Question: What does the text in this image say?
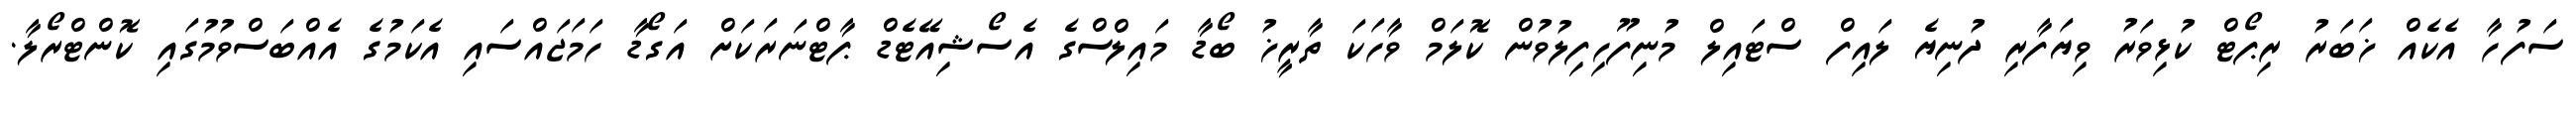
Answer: ސަފުހާ އެކެއް ޚަބަރު ރިޕޯޓް ކުޅިވަރު ވިޔަފާރި ދުނިޔެ ލައިފް ސްޓައިލް މުނިފޫހިފިލުވުން ކޮލަމް ވާހަކަ ތާރީޚު ބޯޑާ މައިލްސްގެ އެސޯޝިއޭޓެޑް ޕާޓްނަރަކަށް އަގޯޑާ ހަމަޖައްސައި އެކަމުގެ އެއްބަސްވުމުގައި ކޮންޓްރޯލާ.